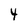
Character: Y